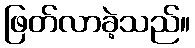
ဖြတ်လာခဲ့သည်။